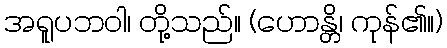
အရူပဘဝါ၊ တို့သည်။ (ဟောန္တိ၊ ကုန်၏။)